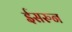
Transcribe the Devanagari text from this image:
ईसरुन